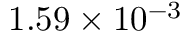
1 . 5 9 \times 1 0 ^ { - 3 }